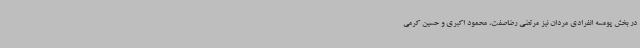
در بخش پومسه انفرادی مردان نیز مرتضی رضاصفت، محمود اکبری و حسین کرمی